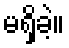
မရှိခဲ့။